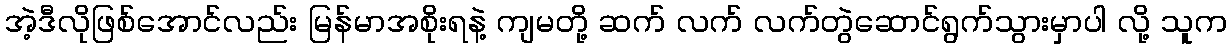
အဲ့ဒီလိုဖြစ်အောင်လည်း မြန်မာအစိုးရနဲ့ ကျမတို့ ဆက် လက် လက်တွဲဆောင်ရွက်သွားမှာပါ လို့ သူက